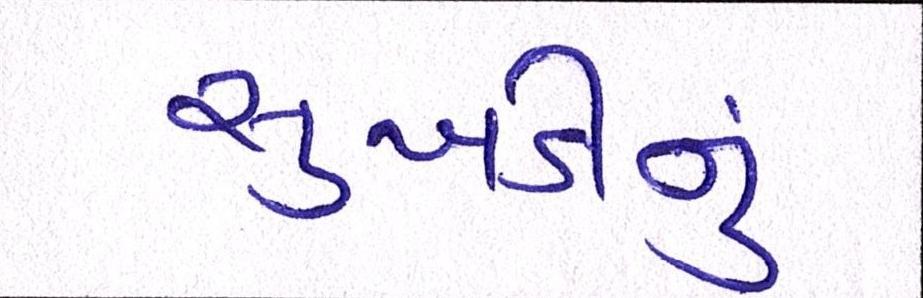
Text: સુખડીનું